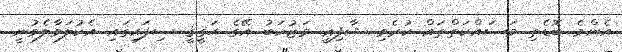
އެންމެ ބޮޑެތި މަސައްކަތްތައް ކުރެވި ޝާފިޢީ މަޒުހަބު އޭގެ ޙަޤީޤީ ސިފައިގައި އެކުލަވާލެވުނީ